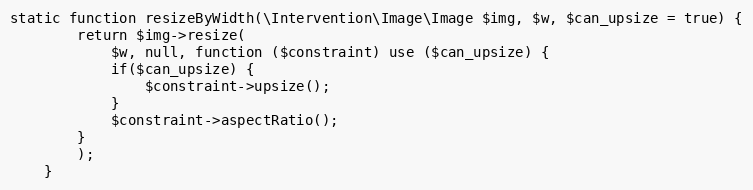
Language: PHP
static function resizeByWidth(\Intervention\Image\Image $img, $w, $can_upsize = true) {
        return $img->resize(
            $w, null, function ($constraint) use ($can_upsize) {
            if($can_upsize) {
                $constraint->upsize();
            }
            $constraint->aspectRatio();
        }
        );
    }